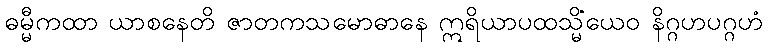
ဓမ္မီကထာ ယာစနေတိ ဇာတကသမောဓာနေ ဣရိယာပထသ္မိံယေဝ နိဂ္ဂဟပဂ္ဂဟံ